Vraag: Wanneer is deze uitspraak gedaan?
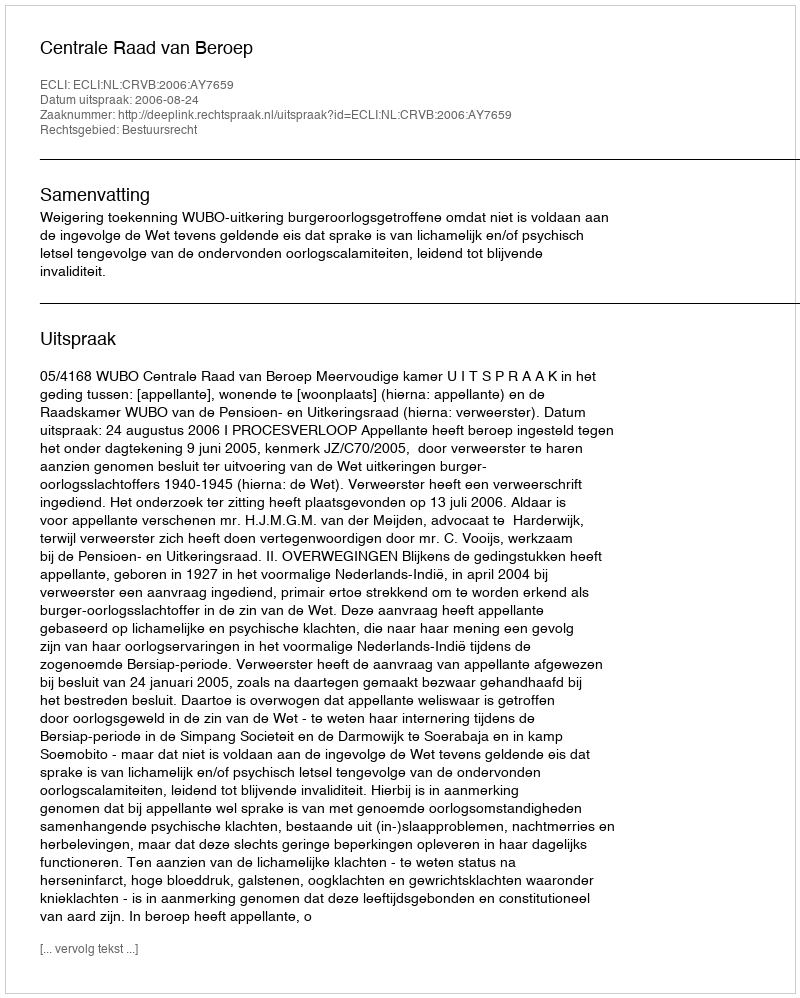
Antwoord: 2006-08-24